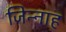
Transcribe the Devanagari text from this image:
जिन्‍नाह